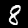
Digit: 8